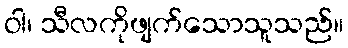
ဝါ၊ သီလကိုဖျက်သောသူသည်။